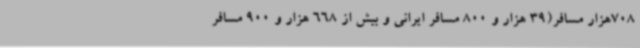
708هزار مسافر(39 هزار و 800 مسافر ایرانی و بیش از 668 هزار و 900 مسافر